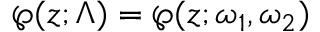
\wp ( z ; \Lambda ) = \wp ( z ; \omega _ { 1 } , \omega _ { 2 } )